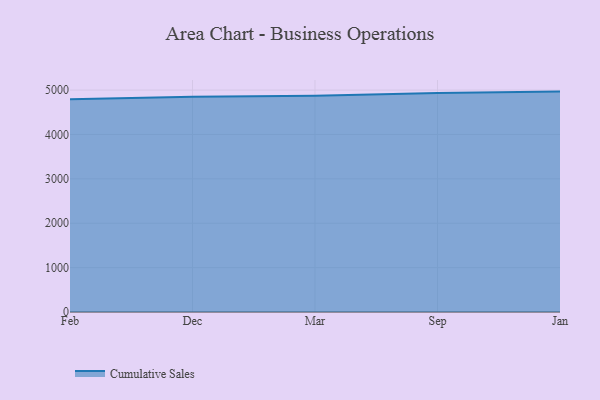
{"axis": {"x": "Month", "y": "LTV (USD)"}, "legend": ["Cumulative Sales"], "data": [{"x": "Feb", "y": 4791.5, "type": "Cumulative Sales"}, {"x": "Dec", "y": 4850.4, "type": "Cumulative Sales"}, {"x": "Mar", "y": 4870.0, "type": "Cumulative Sales"}, {"x": "Sep", "y": 4936.8, "type": "Cumulative Sales"}, {"x": "Jan", "y": 4966.0, "type": "Cumulative Sales"}]}